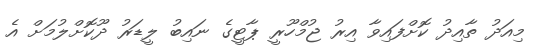
މިއަދު ތާއިދު ކޮށްފައިވާ އިރު ޖުމްހޫރީ ޕާޓީގެ ނައިބު ލީޑަރު ދޫކޮށްލުމަށް އެ